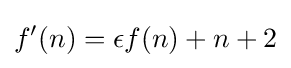
f'(n)=\epsilon f(n)+n+2